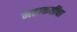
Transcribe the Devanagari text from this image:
महाकवींचा